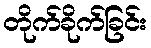
တိုက်ခိုက်ခြင်း